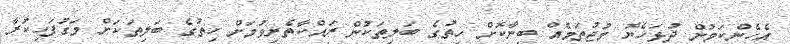
އެހެންކަމުން ދުޅަހެޔޮ މުޖުތަމެއް ބިނާކޮށް ހިތުގެ ބަލިތަކުން ރައްކާތެރިވުމަށް ހިތުގެ ބަލިތަކަށް މަގުފަހިކުރާ